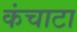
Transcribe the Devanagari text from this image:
कंचाटा